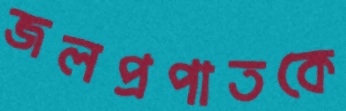
জলপ্রপাতকে